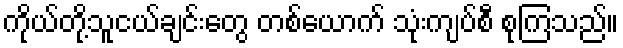
ကိုယ်တို့သူငယ်ချင်းတွေ တစ်ယောက် သုံးကျပ်စီ စုကြသည်။